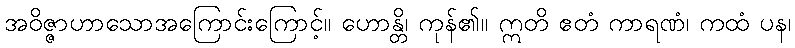
အဝိဇ္ဇာဟာသောအကြောင်းကြောင့်။ ဟောန္တိ၊ ကုန်၏။ ဣတိ ဧတံ ကာရဏံ၊ ကထံ ပန၊